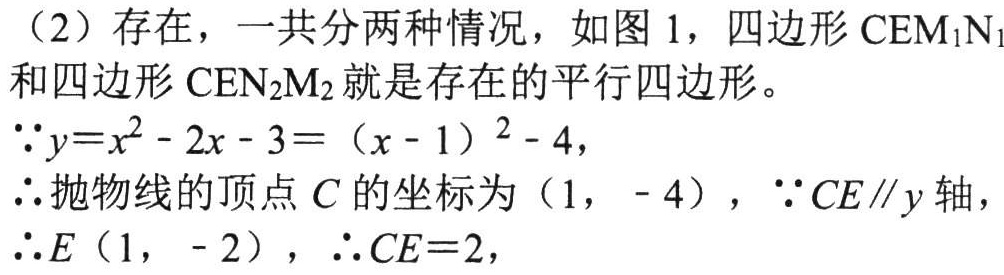
（2）存在，一共分两种情况，如图1，四边形\(CEM_{1}N_{1}\)和四边形\(CEN_{2}M_{2}\)就是存在的平行四边形。
\(\because y = x^{2}-2x - 3=(x - 1)^{2}-4\)，
\(\therefore\)抛物线的顶点\(C\)的坐标为\((1,-4)\)，\(\because CE\parallel y\)轴，
\(\therefore E(1,-2)\)，\(\therefore CE = 2\)，